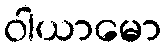
ဝါယာမော